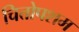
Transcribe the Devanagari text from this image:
चित्तोपशम